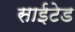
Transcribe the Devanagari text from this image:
साईटेड